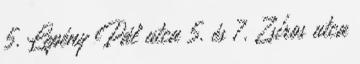
5. Lepény Pál utca 5. és 7. Zsíros utca